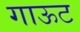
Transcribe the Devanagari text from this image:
गाऊट